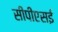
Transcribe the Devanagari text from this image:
सीपीएसई